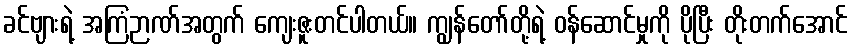
ခင်ဗျားရဲ့ အကြံဉာဏ်အတွက် ကျေးဇူးတင်ပါတယ်။ ကျွန်တော်တို့ရဲ့ ဝန်ဆောင်မှုကို ပိုပြီး တိုးတက်အောင်